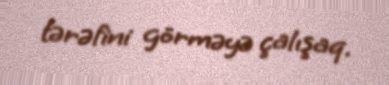
tərəfini görməyə çalışaq.